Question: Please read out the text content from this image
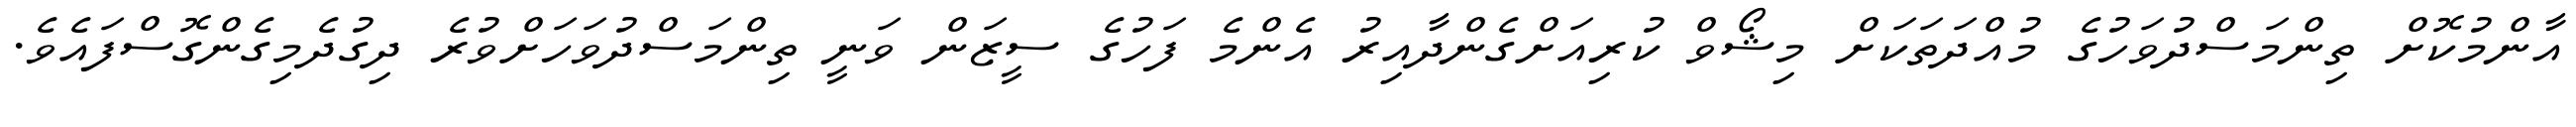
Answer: އާންމުކޮށް ތިންމަސްދުވަހުގެ މުއްދަތަކަށް މިޝޯވް ކުރިއަށްގެންދާއިރު އެންމެ ފަހުގެ ސީޒަން ވަނީ ތިންމަސްދުވަހަށްވުރެ ދިގުދެމިގެންގޮސްފައެވެ.